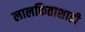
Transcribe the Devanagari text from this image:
लालफिताशाही